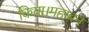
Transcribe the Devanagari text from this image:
किया।महाबन